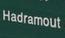
hadramout